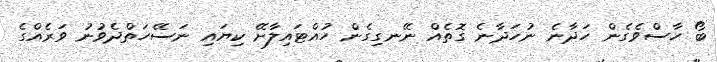
ބޯ ހާސްވެގެން ހަދާނެ ނުހަދާނެ ގޮތެއް ނޭނގިގެން ހުއްޓައިލާށޭ ކިޔައި ނަސޭހަތްދެވުނު ވަރެއްގެ